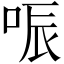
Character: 㖘